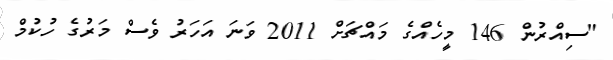
"ސިއްރުން 146 މީހެއްގެ މައްޗަށް 2011 ވަނަ އަހަރު ވެސް މަރުގެ ހުކުމް